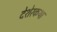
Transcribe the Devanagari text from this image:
देशेरकथा